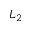
L _ { 2 }